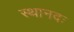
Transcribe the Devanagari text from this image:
स्थानदः